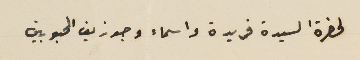
لحضرة السيدة فريدة واسماء وجوزيف المحبوبين